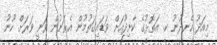
މިއަދު ހެނދުނު ކ. އަތޮޅުގެ ކާށިދޫއަށް ވަޑައިގަތުމުން އެރަށުން ވަނީ ވަރަށް ހޫނު